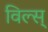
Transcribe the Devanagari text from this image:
विल्स्